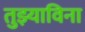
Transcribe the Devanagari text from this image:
तुझ्याविना